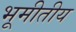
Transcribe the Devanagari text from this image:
भूमीतीय